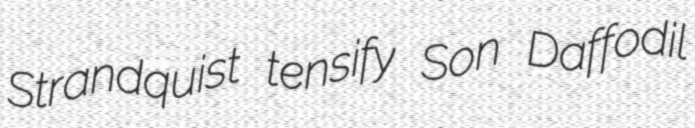
Strandquist tensify Son Daffodil